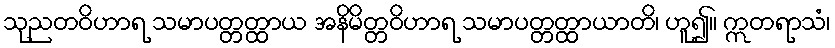
သုညတဝိဟာရ သမာပတ္တတ္ထာယ အနိမိတ္တဝိဟာရ သမာပတ္တတ္ထာယာတိ၊ ဟူ၍။ ဣတရာသံ၊